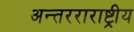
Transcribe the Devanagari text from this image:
अन्तरराराष्ट्रीय